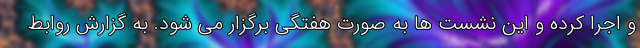
و اجرا کرده و این نشست ها به صورت هفتگی برگزار می شود. به گزارش روابط